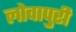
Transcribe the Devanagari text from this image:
लोवापुरी